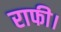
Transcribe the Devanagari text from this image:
राफी।